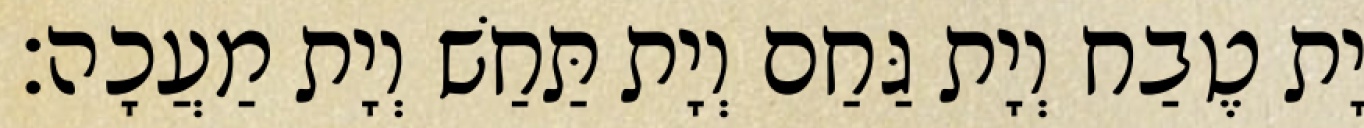
יָת טֶבַח וְיָת גַּחַם וְיָת תַּחַשׁ וְיָת מַעֲכָה׃